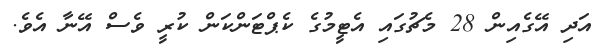
އަދި އޭގެއިން 28 މެޗުގައި އެޓީމުގެ ކެޕްޓަންކަން ކުރީ ވެސް އޭނާ އެވެ.